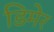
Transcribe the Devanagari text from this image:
डिमेर